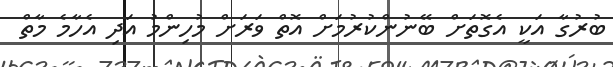
ބުރުގާ އަކީ އެގޮތަށް ބޭނުންކުރުމަށް އޮތް ވަރަށް މުހިންމު އަދި އެހާމެ މާތް